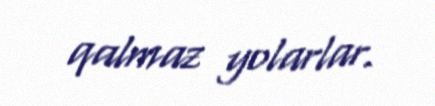
qalmaz yolarlar.